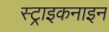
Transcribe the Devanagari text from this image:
स्ट्राइकनाइन